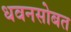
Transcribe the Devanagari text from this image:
धवनसोबत